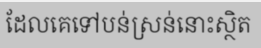
ដែលគេទៅបន់ស្រន់នោះស្ថិត